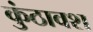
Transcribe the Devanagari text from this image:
कुंठावश